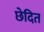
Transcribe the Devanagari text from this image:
छेदित